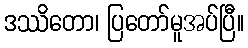
ဒဿိတော၊ ပြတော်မူအပ်ပြီ။